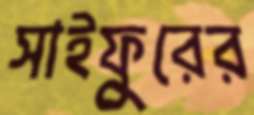
সাইফুরের